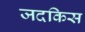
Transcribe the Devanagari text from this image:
जदकिस